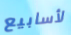
لأسابيع